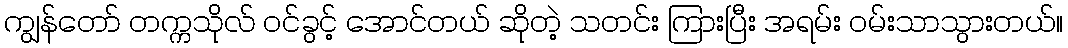
ကျွန်တော် တက္ကသိုလ် ဝင်ခွင့် အောင်တယ် ဆိုတဲ့ သတင်း ကြားပြီး အရမ်း ဝမ်းသာသွားတယ်။